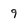
Character: 9